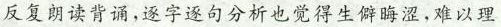
反复朗读背诵,逐字逐句分析也觉得生僻晦涩，难以理